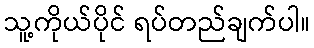
သူ့ကိုယ်ပိုင် ရပ်တည်ချက်ပါ။